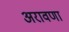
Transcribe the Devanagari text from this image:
अरावणा